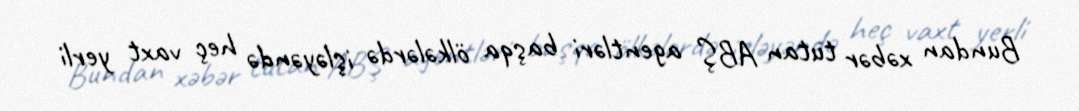
Bundan xəbər tutan ABŞ agentləri başqa ölkələrdə işləyəndə heç vaxt yerli